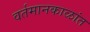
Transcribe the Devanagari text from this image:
वर्तमानकाळांत